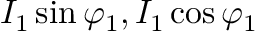
I _ { 1 } \sin \varphi _ { 1 } , I _ { 1 } \cos \varphi _ { 1 }